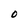
Character: O